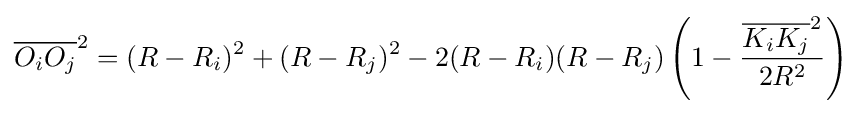
{\overline {O_{i}O_{j}}}^{2}=(R-R_{i})^{2}+(R-R_{j})^{2}-2(R-R_{i})(R-R_{j})\left(1-{\frac {{\overline {K_{i}K_{j}}}^{2}}{2R^{2}}}\right)